Insane asylums in Bengal annual reports 1867-1875 - 1867-1875
Year: 1867
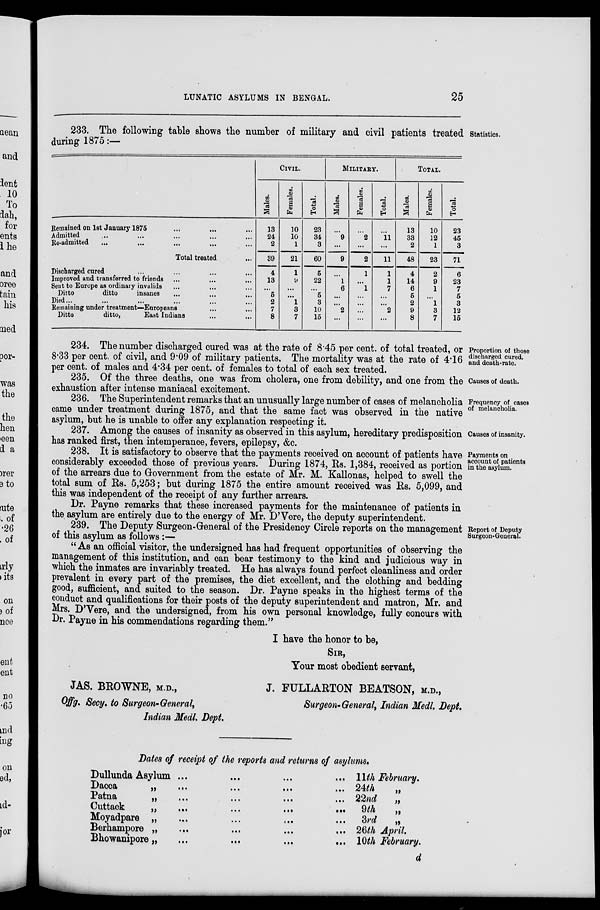
LUNATIC ASYLUMS IN BENGAL.
25
233. The following table shows the number of military and civil patients treated statistics.
during 1875:—
Remained on 1st January 1875 ... ... ...
Admitted ... ... ... ... ...
Re-admitted
... ... ... ... ...
Total treated ...
Discharged cured ... ... ... ...
Improved and transferred to friends ... ... ...
Sent to Europe as ordinary invalids ... ... ...
Ditto
ditto
insanes ... ... ...
Died ... ... ...
Remaining under treatment—Europeans ... ...
Ditto
ditto,
East Indians ... ...
CIVIL.
Males.
13
24
2
39
4
13
...
5
2
7
8
Females.
10
10
1
21
1
9
...
...
1
3
7
Total.
23
34
3
60
5
22
...
5
3
10
15
MILITARY.
Males.
...
9
...
9
...
1
6
...
...
2
...
Females.
...
2
...
2
1
...
1
...
...
...
...
Total.
...
11
...
11
1
1
7
...
...
2
...
TOTAL.
Males.
13
33
2
48
4
14
6
5
2
9
8
Females.
10
12
1
23
2
9
1
...
1
3
7
Total.
23
45
3
71
6
23
7
5
3
12
15
Proportion of those
discharged cured,
and death-rate.
234. The number discharged cured was at the rate of 8.45 per cent. of total treated, or
8.33 per cent. of civil, and 9.09 of military patients. The mortality was at the rate of 4.16
per cent. of males and 4.34 per cent. of females to total of each sex treated.
Causes of death.
235. Of the three deaths, one was from cholera, one from debility, and one from the
exhaustion after intense maniacal excitement.
Frequency of cases
of melancholia.
236. The Superintendent remarks that an unusually large number of cases of melancholia
came under treatment during 1875, and that the same fact was observed in the native
asylum, but he is unable to offer any explanation respecting: it.
Causes of insanity.
237. Among the causes of insanity as observed in this asylum, hereditary predisposition
has ranked first, then intemperance, fevers, epilepsy, &c.
Payments on
account of patients
in the asylum.
238. It is satisfactory to observe that the payments received on account of patients have
considerably exceeded those of previous years. During 1874, Rs. 1,384, received as portion
of the arrears due to Government from the estate of Mr. M. Kallonas, helped to swell the
total sum of Rs. 5,253; but during 1875 the entire amount received was Rs. 5,099, and
this was independent of the receipt of any further arrears.
Dr. Payne remarks that these increased payments for the maintenance of patients in
the asylum are entirely due to the energy of Mr. D'Vere, the deputy superintendent.
Report of Deputy
Surgeon-General.
239. The Deputy Surgeon-General of the Presidency Circle reports on the management
of this asylum as follows :—
"As an official visitor, the undersigned has had frequent opportunities of observing the
management of this institution, and can bear testimony to the kind and judicious way in
which the inmates are invariably treated. He has always found perfect cleanliness and order
prevalent in every part of the premises, the diet excellent, and the clothing and bedding
good, sufficient, and suited to the season. Dr. Payne speaks in the highest terms of the
conduct and qualifications for their posts of the deputy superintendent and matron, Mr. and
Mrs. D'Vere, and the undersigned, from his own personal knowledge, fully concurs with
Dr. Payne in his commendations regarding them."
JAS. BROWNE, M.D.,
Offg, Secy. to Surgeon-General,
Indian Medl. Dept.
I have the honor to be,
SIR,
Your most obedient servant,
J. FULLARTON BEATSON, M.D.,
Surgeon-General, Indian Medl, Dept.
Dates of receipt of the reports and returns of asylums.
Dullunda Asylum ...
...
...
...
Dacca
„
...
...
...
...
Patna
„
...
...
...
...
Cuttack
„
...
...
...
...
Moyadpare „ ... ... ... ...
Berhampore „
Bhowanipore „
...
...
...
...
11th February.
24th
„
22nd
„
9th
„
3rd
„
26th April.
10th February.
d